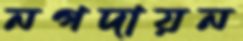
নগদায়ন